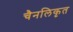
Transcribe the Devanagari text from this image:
चैनलिकृत